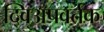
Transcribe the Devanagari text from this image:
द्विअपवर्तक